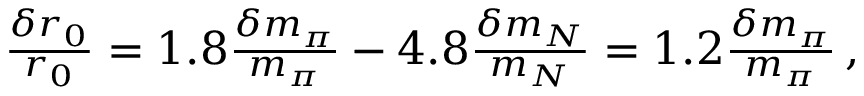
\begin{array} { r } { \frac { \delta r _ { 0 } } { r _ { 0 } } = 1 . 8 \frac { \delta m _ { \pi } } { m _ { \pi } } - 4 . 8 \frac { \delta m _ { N } } { m _ { N } } = 1 . 2 \frac { \delta m _ { \pi } } { m _ { \pi } } \, , } \end{array}